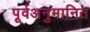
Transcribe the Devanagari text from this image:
पूर्वअनुमानित